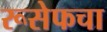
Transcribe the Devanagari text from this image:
रूसेफचा